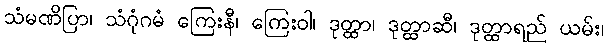
သံမဏိပြာ၊ သံဂုံဂမံ ကြေးနီ၊ ကြေးဝါ၊ ဒုတ္ထာ၊ ဒုတ္ထာဆီ၊ ဒုတ္ထာရည် ယမ်း၊